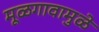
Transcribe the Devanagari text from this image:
मूळगावामुळे